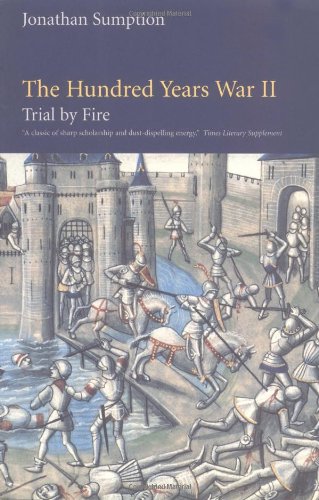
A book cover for The Hundred Years War, Volume 2: Trial by Fire (The Middle Ages Series); Jonathan Sumption; History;